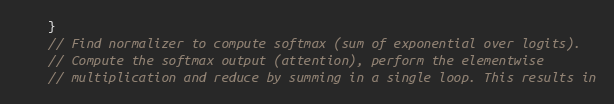
Language: C++
    }
    // Find normalizer to compute softmax (sum of exponential over logits).
    // Compute the softmax output (attention), perform the elementwise
    // multiplication and reduce by summing in a single loop. This results in